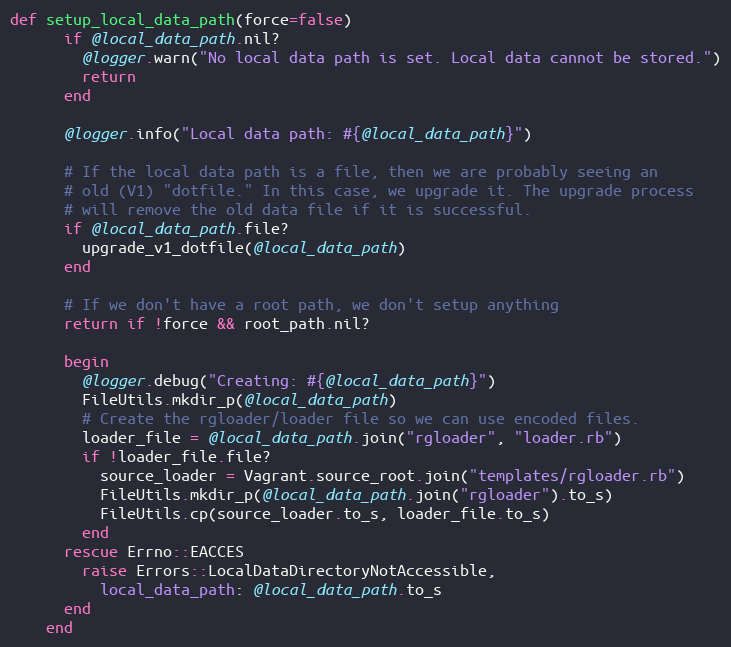
Language: Ruby
def setup_local_data_path(force=false)
      if @local_data_path.nil?
        @logger.warn("No local data path is set. Local data cannot be stored.")
        return
      end

      @logger.info("Local data path: #{@local_data_path}")

      # If the local data path is a file, then we are probably seeing an
      # old (V1) "dotfile." In this case, we upgrade it. The upgrade process
      # will remove the old data file if it is successful.
      if @local_data_path.file?
        upgrade_v1_dotfile(@local_data_path)
      end

      # If we don't have a root path, we don't setup anything
      return if !force && root_path.nil?

      begin
        @logger.debug("Creating: #{@local_data_path}")
        FileUtils.mkdir_p(@local_data_path)
        # Create the rgloader/loader file so we can use encoded files.
        loader_file = @local_data_path.join("rgloader", "loader.rb")
        if !loader_file.file?
          source_loader = Vagrant.source_root.join("templates/rgloader.rb")
          FileUtils.mkdir_p(@local_data_path.join("rgloader").to_s)
          FileUtils.cp(source_loader.to_s, loader_file.to_s)
        end
      rescue Errno::EACCES
        raise Errors::LocalDataDirectoryNotAccessible,
          local_data_path: @local_data_path.to_s
      end
    end